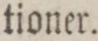
tioner.